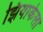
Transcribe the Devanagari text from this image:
झियाकेला